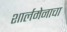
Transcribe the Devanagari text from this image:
शार्लमेनाचा